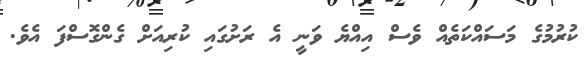
ކުރުމުގެ މަސައްކަތެއް ވެސް އިއްޔެ ވަނީ އެ ރަށުގައި ކުރިއަށް ގެންގޮސްފަ އެވެ.